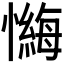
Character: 𪬶